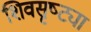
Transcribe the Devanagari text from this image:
शिवसृष्ट्या